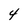
Character: 4